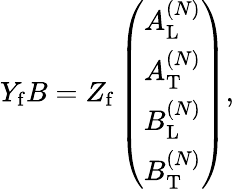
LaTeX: \begin{array}{r}{Y_{\mathrm{f}}B=Z_{\mathrm{f}}\left(\begin{array}{l}{A_{\mathrm{L}}^{(N)}}\\ {A_{\mathrm{T}}^{(N)}}\\ {B_{\mathrm{L}}^{(N)}}\\ {B_{\mathrm{T}}^{(N)}}\end{array}\right),}\end{array}